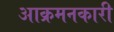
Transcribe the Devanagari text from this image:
आक्रमनकारी